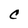
Character: C